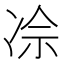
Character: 𪞡